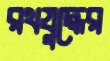
রথযুদ্ধের